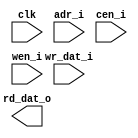
module db_tupu_ram_sp_64x32 (
    clk         ,
    adr_i       ,
    cen_i       , // low active 
    wen_i       , // low active 
    wr_dat_i    ,
    rd_dat_o 
    );

//--- input/output declaration --------------------------
    input                   clk         ;
    input   [6      -1 :0]  adr_i       ;
    input                   cen_i       ;
    input                   wen_i       ;
    input   [32     -1 :0]  wr_dat_i    ;
    output  [32     -1 :0]  rd_dat_o    ;


`ifdef RTL_MODEL
  ram_1p #(
      .Word_Width(  32   ),
      .Addr_Width(  6    )
      ) u_ram_1p(
                  .clk    ( clk               ),
                  .cen_i  ( cen_i             ),
                  .oen_i  ( 1'b0              ),
                  .wen_i  ( wen_i             ),
                  .addr_i ( adr_i             ),
                  .data_i ( wr_dat_i          ),      
                  .data_o ( rd_dat_o          )           
  );

`endif

`ifdef XM_MODEL 
    rfsphd_64x32 u_rfsphd_64x32(
        .Q          (rd_dat_o   ), // data_o
        .CLK        (clk        ), 
        .CEN        (cen_i      ), 
        .WEN        (wen_i      ), 
        .A          (adr_i      ), // addr
        .D          (wr_dat_i   ), // data_i
        .EMA        ( 3'b1 ), 
        .EMAW       ( 2'b0 ),
        .RET1N      ( 1'b1 )
        );   
`endif 
endmodule